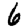
Digit: 6